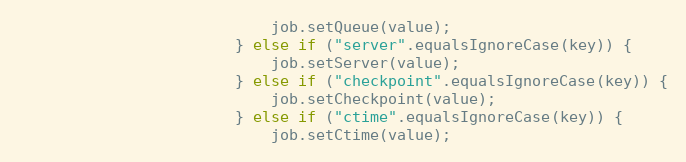
Language: Java
                            job.setQueue(value);
                        } else if ("server".equalsIgnoreCase(key)) {
                            job.setServer(value);
                        } else if ("checkpoint".equalsIgnoreCase(key)) {
                            job.setCheckpoint(value);
                        } else if ("ctime".equalsIgnoreCase(key)) {
                            job.setCtime(value);